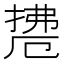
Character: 𱠟